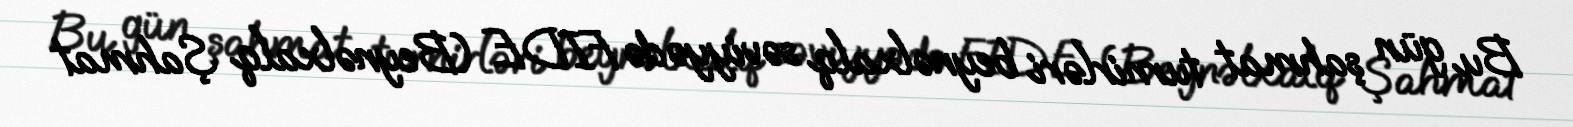
Bu gün şahmat turnirləri beynəlxalq səviyyədə FIDE (Beynəlxalq Şahmat